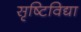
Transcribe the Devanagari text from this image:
सृष्टिविद्या